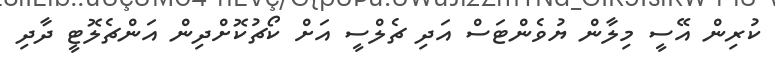
ކުރިން އޭސީ މިލާން ޔުވެންޓަސް އަދި ޗެލްސީ އަށް ކޯޗުކޮށްދިން އަންޗެލޮޓީ ދާދި